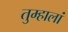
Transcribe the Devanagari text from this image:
तुम्हालां